Document type: Dowry acquittance
Year: 1240
Scribe: Pere de Bages
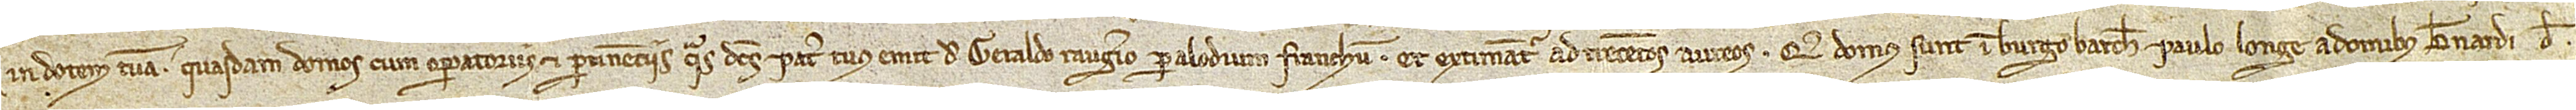
in dotem tuam quasdam domos cum operatoriis et pertinenciis quas dictus pater tuus emit de Geraldo Raugerio per alodium franchum et extimantur ad trecentos aureos. Que domus sunt in burgo Barchinone, paulo longe a domibus Bernardi de